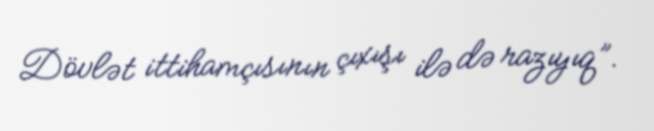
Dövlət ittihamçısının çıxışı ilə də razıyıq”.